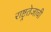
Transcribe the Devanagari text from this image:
राष्ट्रतेजाची